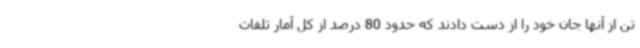
تن از آنها جان خود را از دست دادند که حدود 80 درصد از کل آمار تلفات